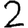
Digit: 2